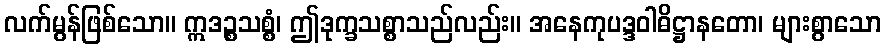
လက်မွန်ဖြစ်သော။ ဣဒဉ္စသစ္စံ၊ ဤဒုက္ခသစ္စာသည်လည်း။ အနေကုပဒ္ဒဝါဓိဋ္ဌာနတော၊ များစွာသော